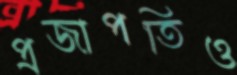
প্রজাপতিও